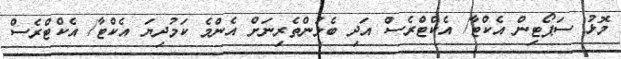
މޮޅު ސަޕޯޓިން އެކްޓާ/ އެކްޓްރެސް އަދި ބެލުންތެރިނަަށް އެންމެ ކަމުދިޔަ އެކްޓާ/ އެކްޓްރެސް